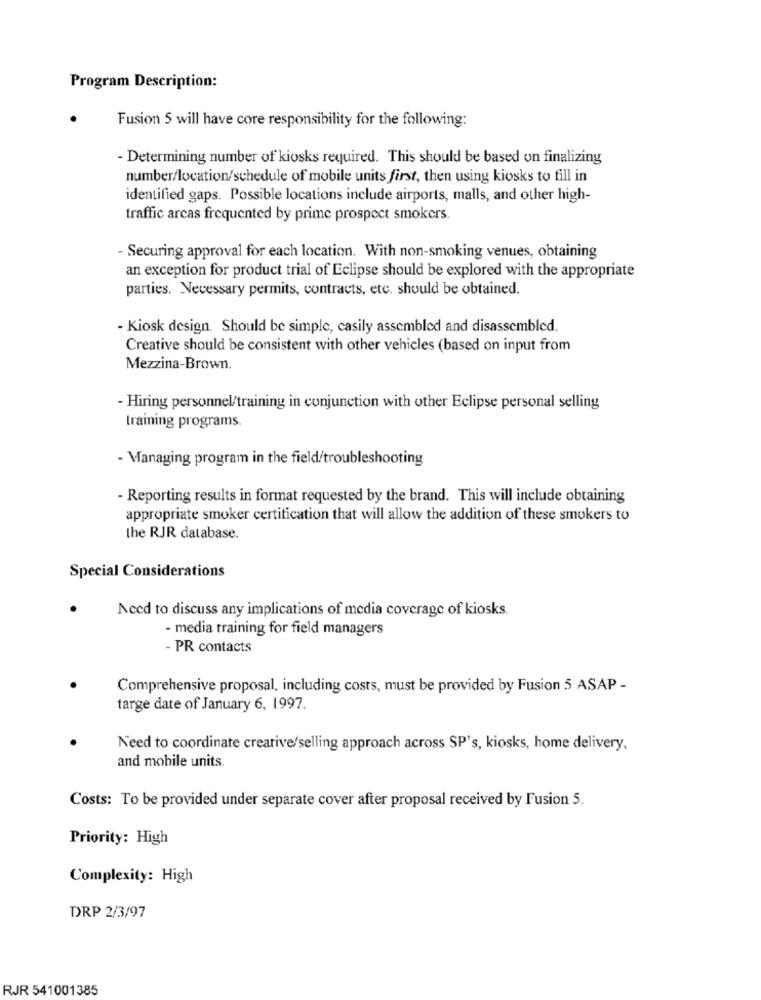
Program Description:
Fusion 5 will have core responsibility for the following:
- Determining number of kiosks required. This should be based on finalizing
number/location/schedule of mobile units first, then using kiosks to fill in
identified gaps. Possible locations include airports, malls, and other high-
traffic arcas frequented by prime prospect smokers.
- Securing approval for each location. With non-smoking venues, obtaining
an exception for product trial of Eclipse should be explored with the appropriate
parties. Necessary permits, contracts, etc. should be obtained.
- Kiosk design. Should be simple, casily assembled and disassembled.
Creative should be consistent with other vehicles (based on input from
Mezzina-Brown.
- Hiring personnel/training in conjunction with other Eclipse personal selling
training programs.
- Managing program in the field/troubleshooting
- Reporting results in format requested by the brand. This will include obtaining
appropriate smoker certification that will allow the addition of these smokers to
the RJR database.
Special Considerations
Need to discuss any implications of media coverage of kiosks.
- media training for field managers
- PR contacts
Comprehensive proposal, including costs, must be provided by Fusion 5 ASAP -
targe date of January 6, 1997.
Need to coordinate creative/selling approach across SP's, kiosks, home delivery,
and mobile units.
Costs: To be provided under separate cover after proposal received by Fusion 5.
Priority: High
Complexity: High
DRP 2/3/97
RJR 541001385